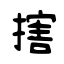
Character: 搳